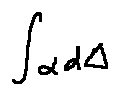
\int \alpha d \Delta